Leaving Certificate Examination (including Day School Certificate (Higher) General paper), 1930
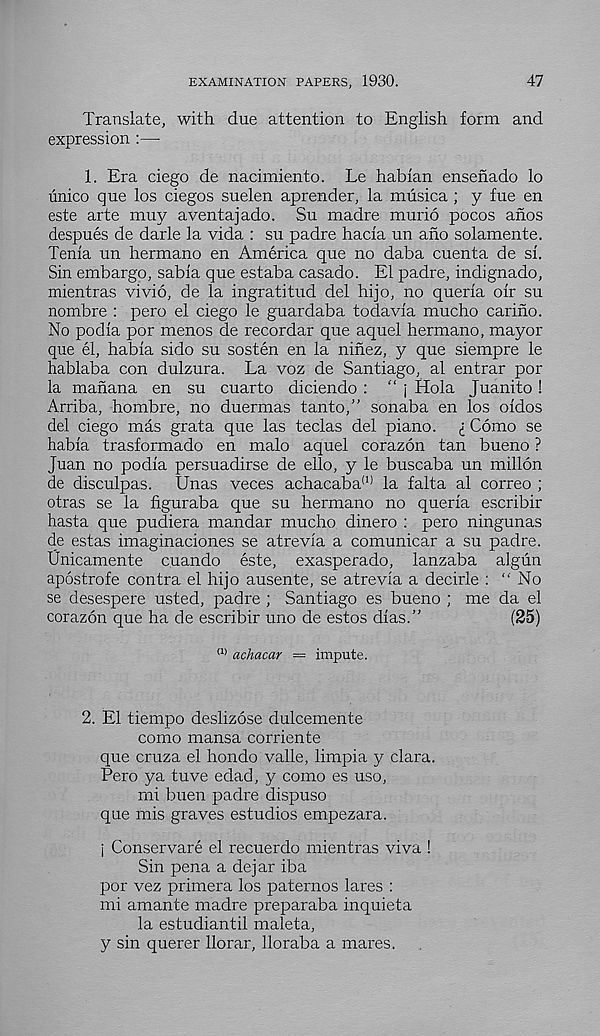
EXAMINATION PAPERS, 1930.
47
Translate, with due attention to English form and
expression :—
1. Era ciego de nacimiento. Le habian ensenado lo
unico que los ciegos suelen aprender, la musica ; y fue en
este arte muy aventajado. Su madre murid pocos anos
despues de darle la vida : su padre hacia un ano solamente.
Tenia un hermano en America que no daba cuenta de si.
Sin embargo, sabia que estaba casado. El padre, indignado,
mientras vivid, de la ingratitud del hijo, no queria oir su
nombre : pero el ciego le guardaba todavia mucho cariho.
No podia por menos de recordar que aquel hermano, mayor
que el, habia sido su sosten en la ninez, y que siempre le
hablaba con dulzura. La voz de Santiago, al entrar por
la manana en su cuarto diciendo : “ j Hola Juanito !
Arriba, hombre, no duermas tanto,” sonaba en los oidos
del ciego mas grata que las teclas del piano, i Como se
habia trasformado en malo aquel corazdn tan bueno ?
Juan no podia persuadirse de ello, y le buscaba un milldn
de disculpas. Unas veces achacaba (1) la falta al correo ;
otras se la figuraba que su hermano no queria escribir
hasta que pudiera mandar mucho dinero : pero ningunas
de estas imaginaciones se atrevia a comunicar a su padre.
Unicamente cuando este, exasperado, lanzaba algun
apostrofe contra el hijo ausente, se atrevia a deckle : “ No
se desespere usted, padre ; Santiago es bueno ; me da el
corazon que ha de escribir uno de estos dias.”
(25)
(1) achacar — impute.
2. El tiempo deslizose dulcemente
como mansa corriente
que cruza el hondo valle, limpia y clara.
Pero ya tuve edad, y como es uso,
mi buen padre dispuso
que mis graves estudios empezara.
| Conservare el recuerdo mientras viva !
Sin pena a dejar iba
por vez primera los paternos lares :
mi amante madre preparaba inquieta
la estudiantil maleta,
y sin querer llorar, lloraba a mares.